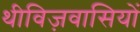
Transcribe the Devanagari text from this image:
थीविज़वासियों